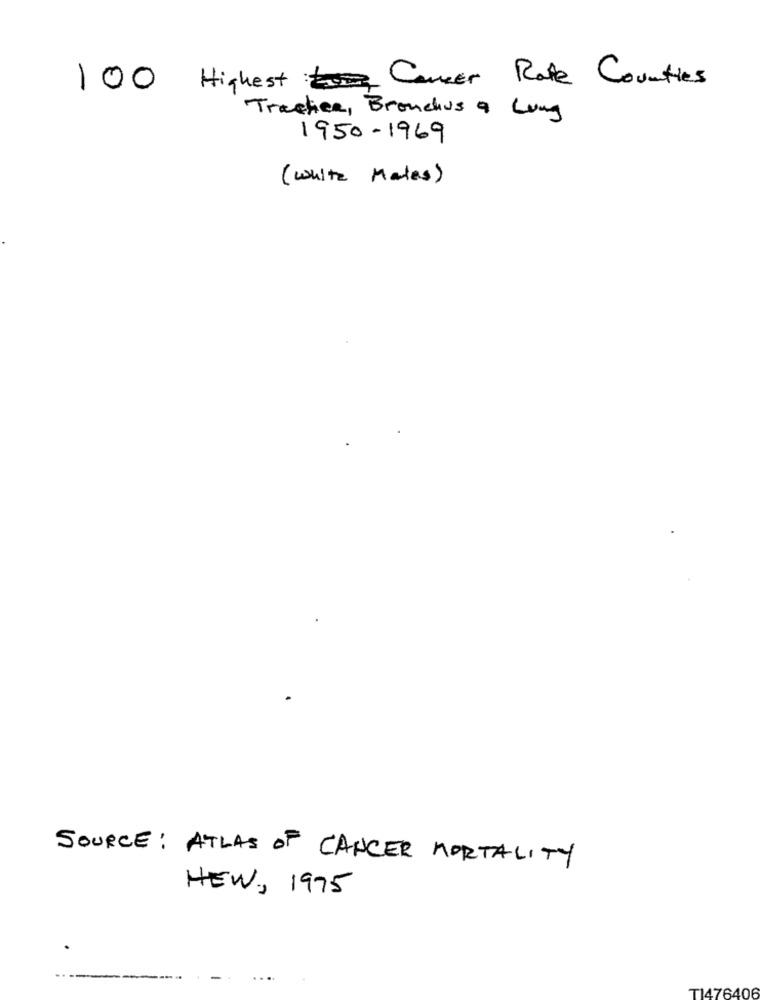
100 Highest Cancer Rafle Counties
Trasher, Bronchus a Lung
1950-1969
( white Males)
SOURCE: ATLAS OF CANCER MORTALITY
NEW, 1975
----
T1476406